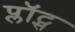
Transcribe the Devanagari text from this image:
प्लॉट्स